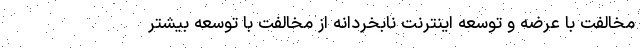
مخالفت با عرضه و توسعه اینترنت نابخردانه از مخالفت با توسعه بیشتر